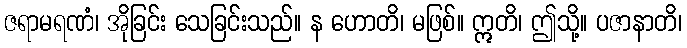
ဇရာမရဏံ၊ အိုခြင်း သေခြင်းသည်။ န ဟောတိ၊ မဖြစ်။ ဣတိ၊ ဤသို့။ ပဇာနာတိ၊